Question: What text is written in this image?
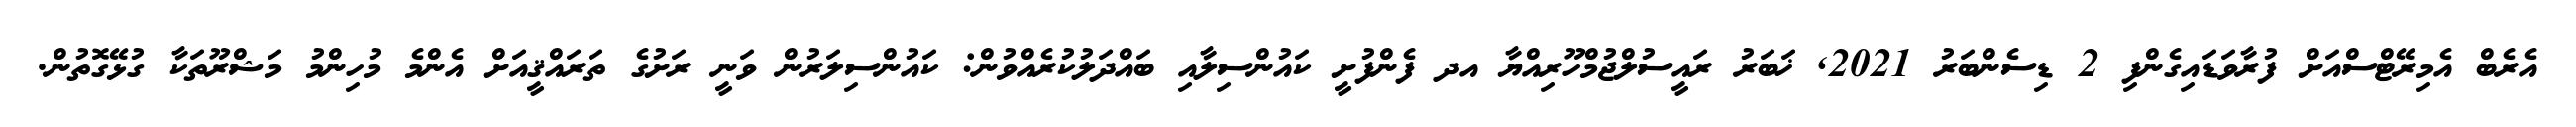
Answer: އެރެބް އެމިރޭޓްސްއަށް ފުރާވަޑައިގެންފި 2 ޑިސެންބަރު 2021, ޚަބަރު ރައީސުލްޖުމްހޫރިއްޔާ އދ ފެންފުށީ ކައުންސިލާއި ބައްދަލުކުރެއްވުން: ކައުންސިލަރުން ވަނީ ރަށުގެ ތަރައްޤީއަށް އެންމެ މުހިންމު މަޝްރޫތަކާ ގުޅޭގޮތުން.